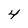
Character: 4